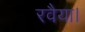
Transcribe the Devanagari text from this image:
रवैया।